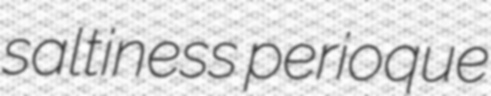
saltiness perioque